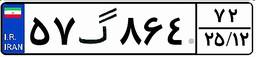
۵۷گ۸۶۴۷۲